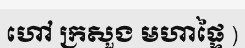
ហៅ ក្រសួង មហាផ្ទៃ )